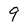
Character: g